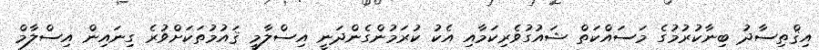
އިޤްތިސާދު ބިނާކުރުމުގެ މަސައްކަތް ޝައުގުވެރިކަމާއި އެކު ކުރަމުންގެންދަނީ އިސްލާމީ ޤައުމުތަކަށްވުރެ ގިނައިން އިސްލާމް